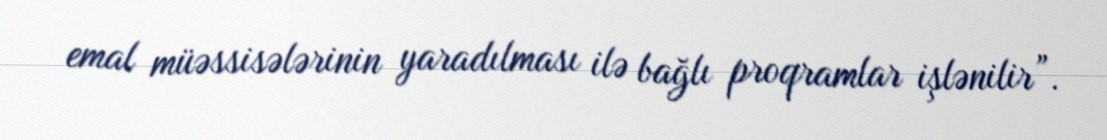
emal müəssisələrinin yaradılması ilə bağlı proqramlar işlənilir”.